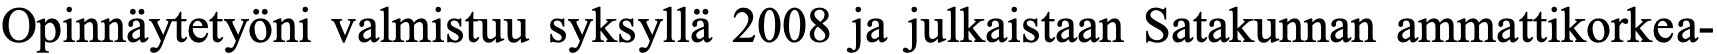
Opinnäytetyöni valmistuu syksyllä 2008 ja julkaistaan Satakunnan ammattikorkea-